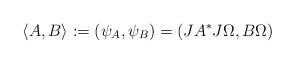
LaTeX: \begin{align*}\langle A,B\rangle := (\psi_A,\psi_B) = (JA^*J\Omega,B\Omega)\end{align*}